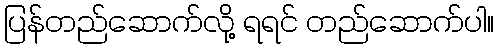
ပြန်တည်ဆောက်လို့ ရရင် တည်ဆောက်ပါ။